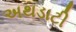
અથડાટી